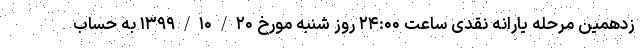
زدهمین مرحله یارانه نقدی ساعت ۲۴:۰۰ روز شنبه مورخ ۱۳۹۹/۱۰/۲۰ به حساب